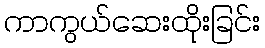
ကာကွယ်ဆေးထိုးခြင်း